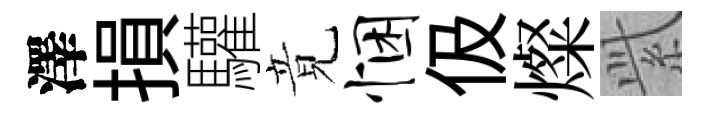
澤損驩竟悃伋燦𬗋